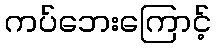
ကပ်ဘေးကြောင့်